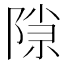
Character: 𬯍